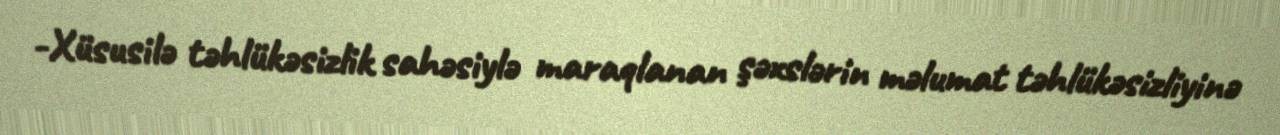
-Xüsusilə təhlükəsizlik sahəsiylə maraqlanan şəxslərin məlumat təhlükəsizliyinə